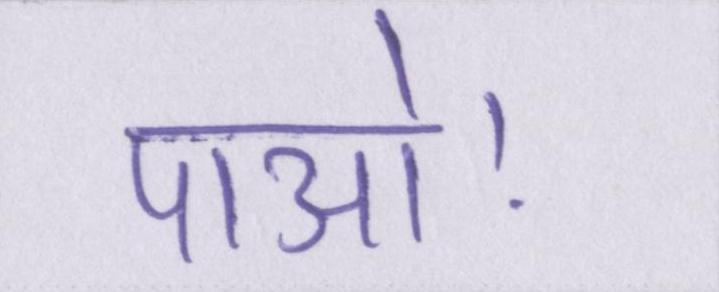
पाओ।